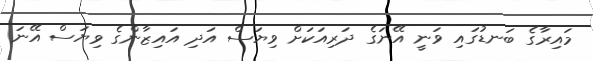
މައިރާގެ ބަނޑުގައި ވަނީ އޭނަގެ ދަރިއަކަށް ވިޔަސް އަދި އައިޒާންގެ ވިޔަސް އޭނަ